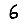
Digit: 6